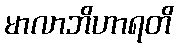
မာလာဘိဟာရတိ